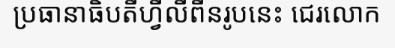
ប្រធានាធិបតីហ្វីលីពីនរូបនេះ ជេរលោក